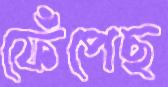
ফেঁপেছ